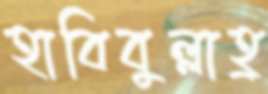
হাবিবুল্লাহ্র